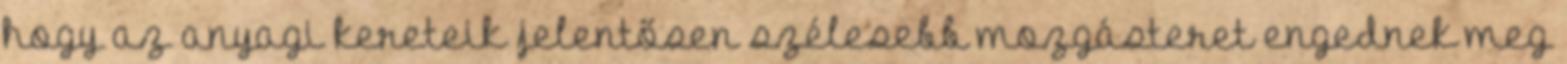
hogy az anyagi kereteik jelentősen szélesebb mozgásteret engednek meg